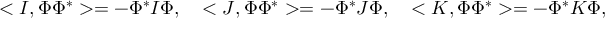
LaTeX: < I , \Phi \Phi ^ { * } > = - \Phi ^ { * } I \Phi , \quad < J , \Phi \Phi ^ { * } > = - \Phi ^ { * } J \Phi , \quad < K , \Phi \Phi ^ { * } > = - \Phi ^ { * } K \Phi ,